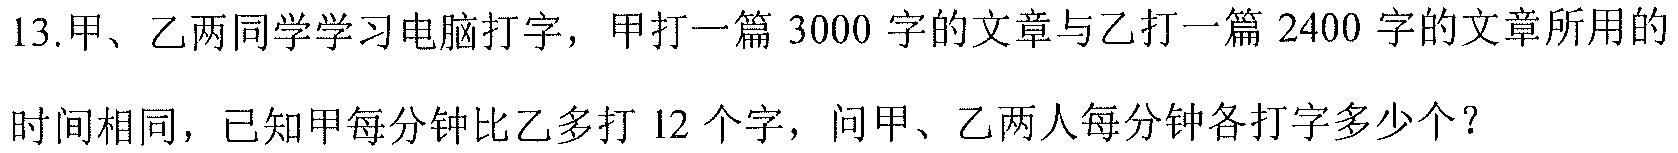
13.甲、乙两同学学习电脑打字，甲打一篇$3000$字的文章与乙打一篇$2400$字的文章所用的时间相同，已知甲每分钟比乙多打$12$个字，问甲、乙两人每分钟各打字多少个？